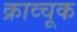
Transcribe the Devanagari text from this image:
क्राव्चूक